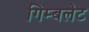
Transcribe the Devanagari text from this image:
गिम्बलेट